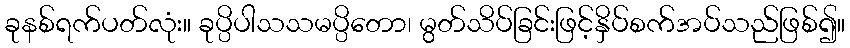
ခုနစ်ရက်ပတ်လုံး။ ခုပ္ပိပါသသမပ္ပိတော၊ မွတ်သိပ်ခြင်းဖြင့်နှိပ်စက်အပ်သည်ဖြစ်၍။